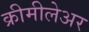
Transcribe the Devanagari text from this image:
क्रीमीलेअर